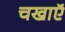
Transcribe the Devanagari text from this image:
चखाएॅ